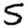
Digit: 5